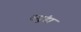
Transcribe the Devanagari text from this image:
रुगुंडा